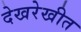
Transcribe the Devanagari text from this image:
देखरेखीत